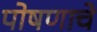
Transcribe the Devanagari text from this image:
पोषणाचे